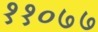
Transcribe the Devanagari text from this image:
११०७७